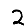
Digit: 2